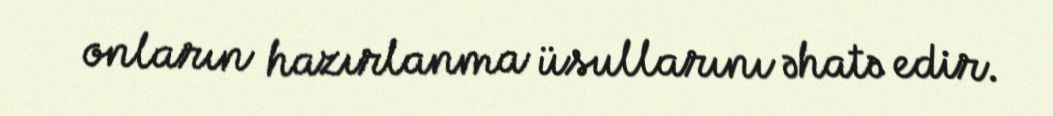
onların hazırlanma üsullarını əhatə edir.